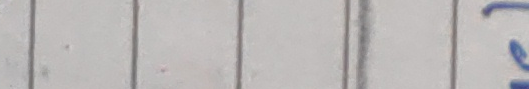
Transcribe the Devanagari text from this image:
१